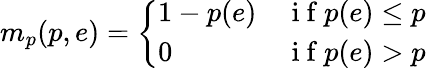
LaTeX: m_{p}(p,e)=\left\{ \begin{array}{ll}{1-p(e)}&{\mathrm{~i~f~}p(e)\leq p}\\ {0}&{\mathrm{~i~f~}p(e)>p}\end{array}\right.